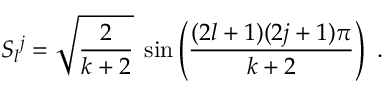
S _ { l } { } ^ { j } = \sqrt { \frac { 2 } { k + 2 } } \; \sin \left( \frac { ( 2 l + 1 ) ( 2 j + 1 ) \pi } { k + 2 } \right) \ .